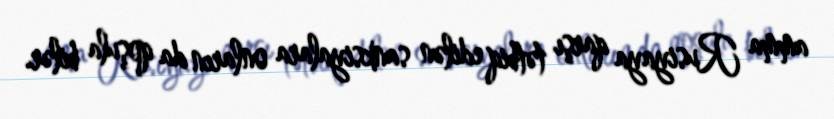
amma Rusiyaya qarşı tətbiq edilən sanksiyalara onların da qoşula bilər.